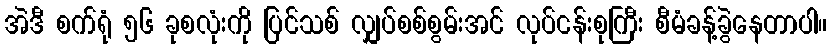
အဲဒီ စက်ရုံ ၅၆ ခုစလုံးကို ပြင်သစ် လျှပ်စစ်စွမ်းအင် လုပ်ငန်းစုကြီး စီမံခန့်ခွဲနေတာပါ။